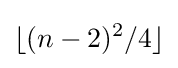
\lfloor (n-2)^{2}/4\rfloor